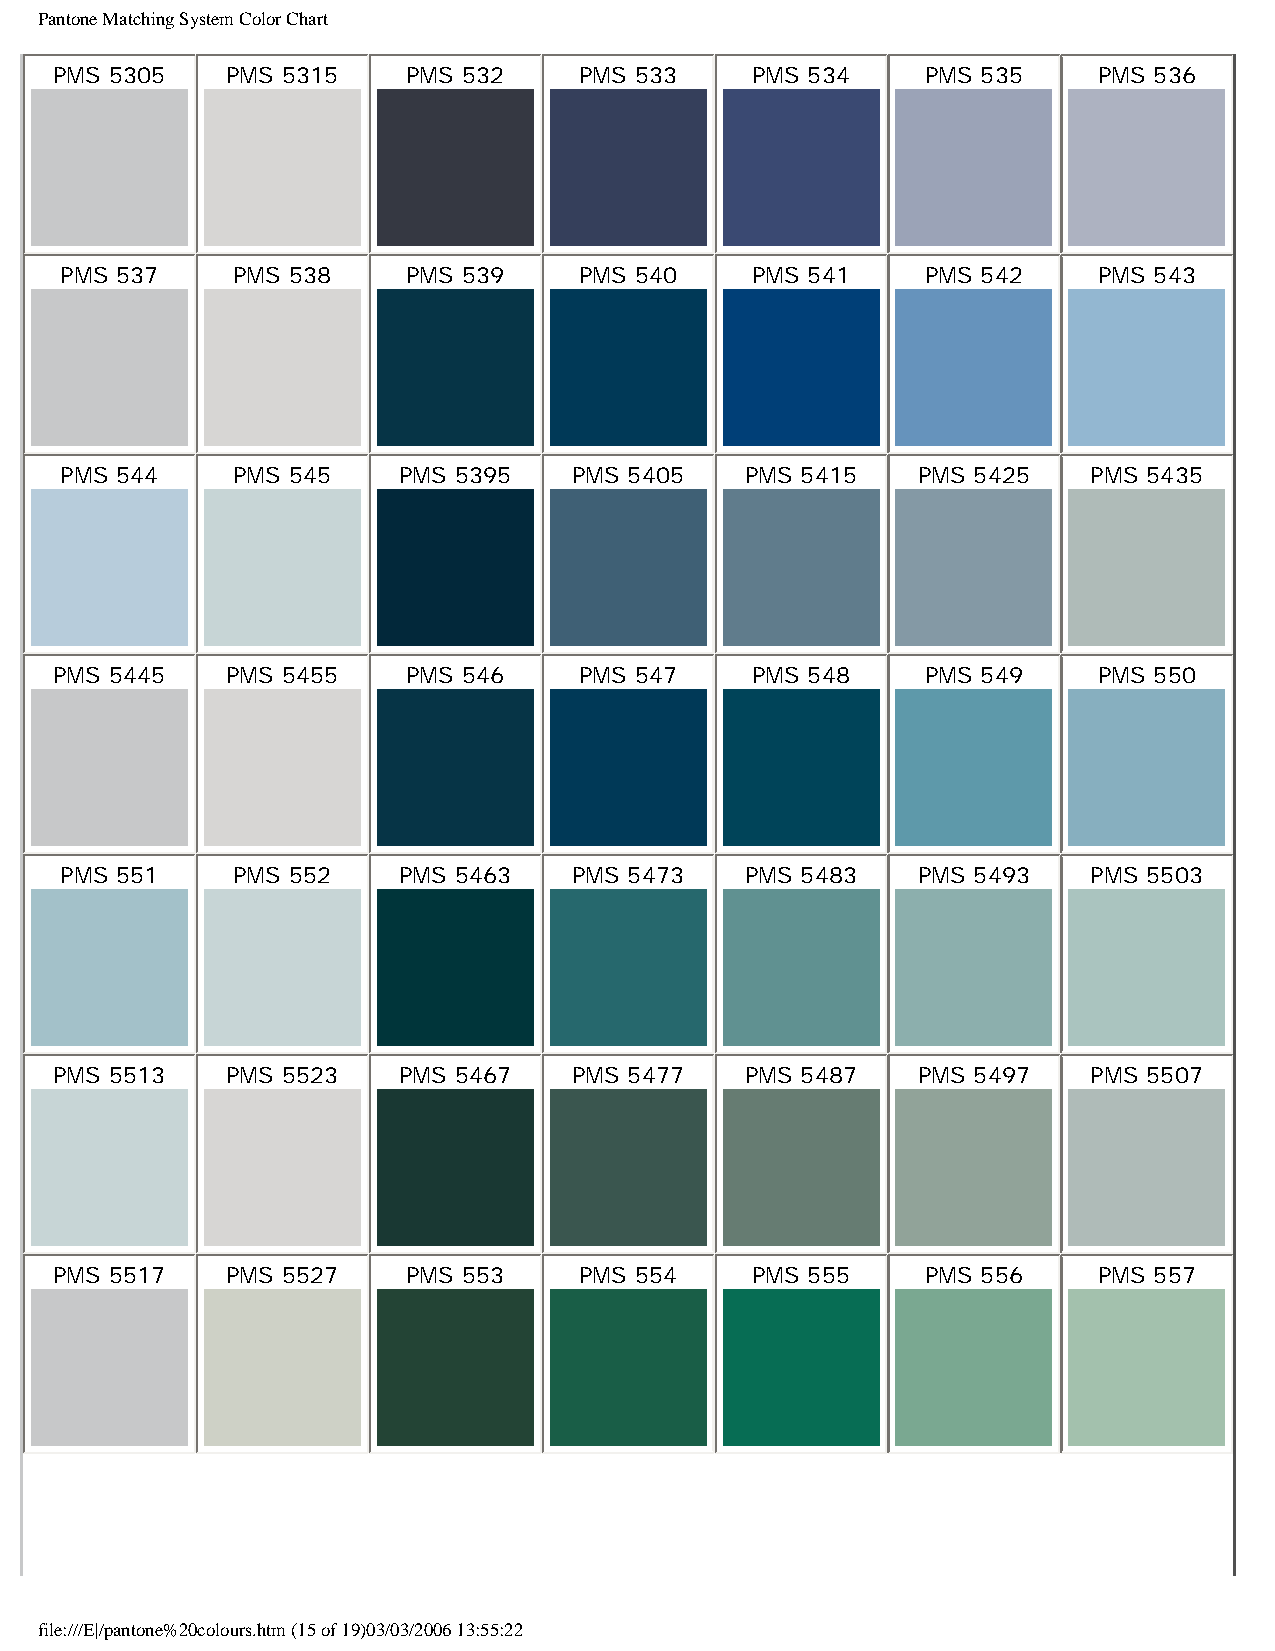
Pantone Matching System Color Chart
 PMS 5305   PMS 5315    PMS 532    PMS 533     PMS 534    PMS 535     PMS 536
 PMS 537    PMS 538     PMS 539    PMS 540     PMS 541    PMS 542     PMS 543
 PMS 544    PMS 545    PMS 5395    PMS 5405   PMS 5415    PMS 5425   PMS 5435
 PMS 5445   PMS 5455    PMS 546    PMS 547     PMS 548    PMS 549     PMS 550
 PMS 551    PMS 552    PMS 5463    PMS 5473   PMS 5483    PMS 5493   PMS 5503
 PMS 5513   PMS 5523   PMS 5467    PMS 5477   PMS 5487    PMS 5497   PMS 5507
 PMS 5517   PMS 5527    PMS 553    PMS 554     PMS 555    PMS 556     PMS 557
 file:///E|/pantone%20colours.htm (15 of 19)03/03/2006 13:55:22